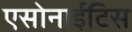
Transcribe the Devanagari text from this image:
एसोनाईटिस